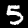
Digit: 5